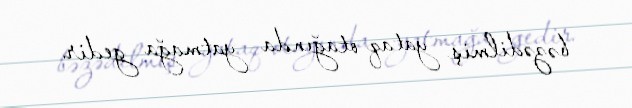
bəzədilmiş yataq otağında yatmağa gedir.